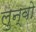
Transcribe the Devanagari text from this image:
लुन्वो